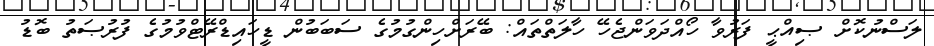
ލަސްނުކޮށް ޞިއްޙީ ފަރުވާ ހޯއްދަވަންޖެހޭ ހާލަތްތައް: ބޭރަށްހިންގުމުގެ ސަބަބުން ޑީހައިޑްރޭޓްވުމުގެ ފުރުޞަތު ބޮޑު